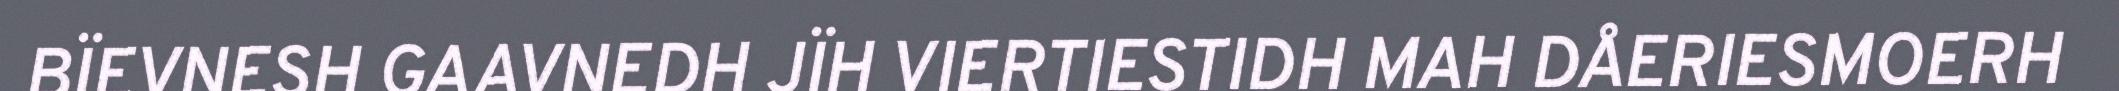
BÏEVNESH GAAVNEDH JÏH VIERTIESTIDH MAH DÅERIESMOERH